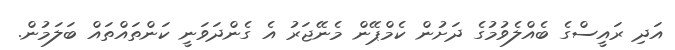
އަދި ރައީސްގެ ބެއްލެވުމުގެ ދަށުން ކެމްޕޭން މެނޭޖަރު އެ ގެންދަވަނީ ކަންތައްތައް ބަލަމުން.